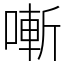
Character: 𠼗